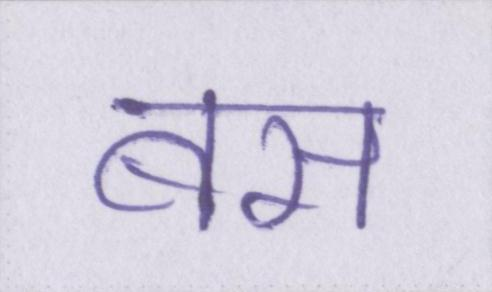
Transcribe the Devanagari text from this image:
बस